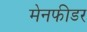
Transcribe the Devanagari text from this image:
मेनफीडर